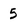
Character: 5